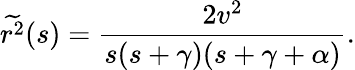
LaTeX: {\widetilde{r^{2}}}(s)=\frac{2v^{2}}{s(s+\gamma)(s+\gamma+\alpha)}.